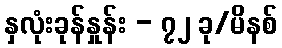
နှလုံးခုန်နှုန်း - ၇၂ ခု/မိနစ်